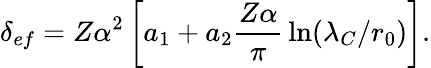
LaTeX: \delta_{ef}=Z\alpha^{2}\left[a_{1}+a_{2}{\frac{Z\alpha}{\pi}}\ln(\lambda_{C}/r_{0})\right].